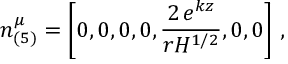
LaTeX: n _ { ( 5 ) } ^ { \mu } = \left[ 0 , 0 , 0 , 0 , \frac { 2 \, e ^ { k z } } { r H ^ { 1 / 2 } } , 0 , 0 \right] \, ,